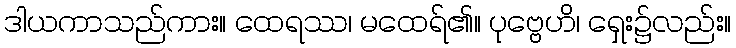
ဒါယကာသည်ကား။ ထေရဿ၊ မထေရ်၏။ ပုဗ္ဗေဟိ၊ ရှေး၌လည်း။